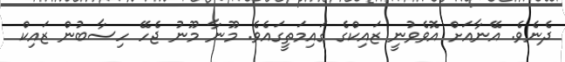
ދެނެވެ. އޭނާއަށް އޮވެވުނީ ޒައިކްގެ ގައިމަތީގައެވެ. މޫނާ މޫނު ޖެހޭ ހިސާބުން ޒައިކް